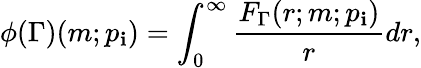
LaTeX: \phi(\Gamma)(m;p_{\mathbf{i}})=\int_{0}^{\infty}\frac{{F_{\Gamma}(r;m;p_{\mathbf{i}})}}{{r}}dr,